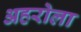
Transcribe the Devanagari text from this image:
अहरोला